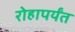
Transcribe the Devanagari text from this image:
रोहापर्यंत